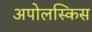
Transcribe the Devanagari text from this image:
अपोलस्किस